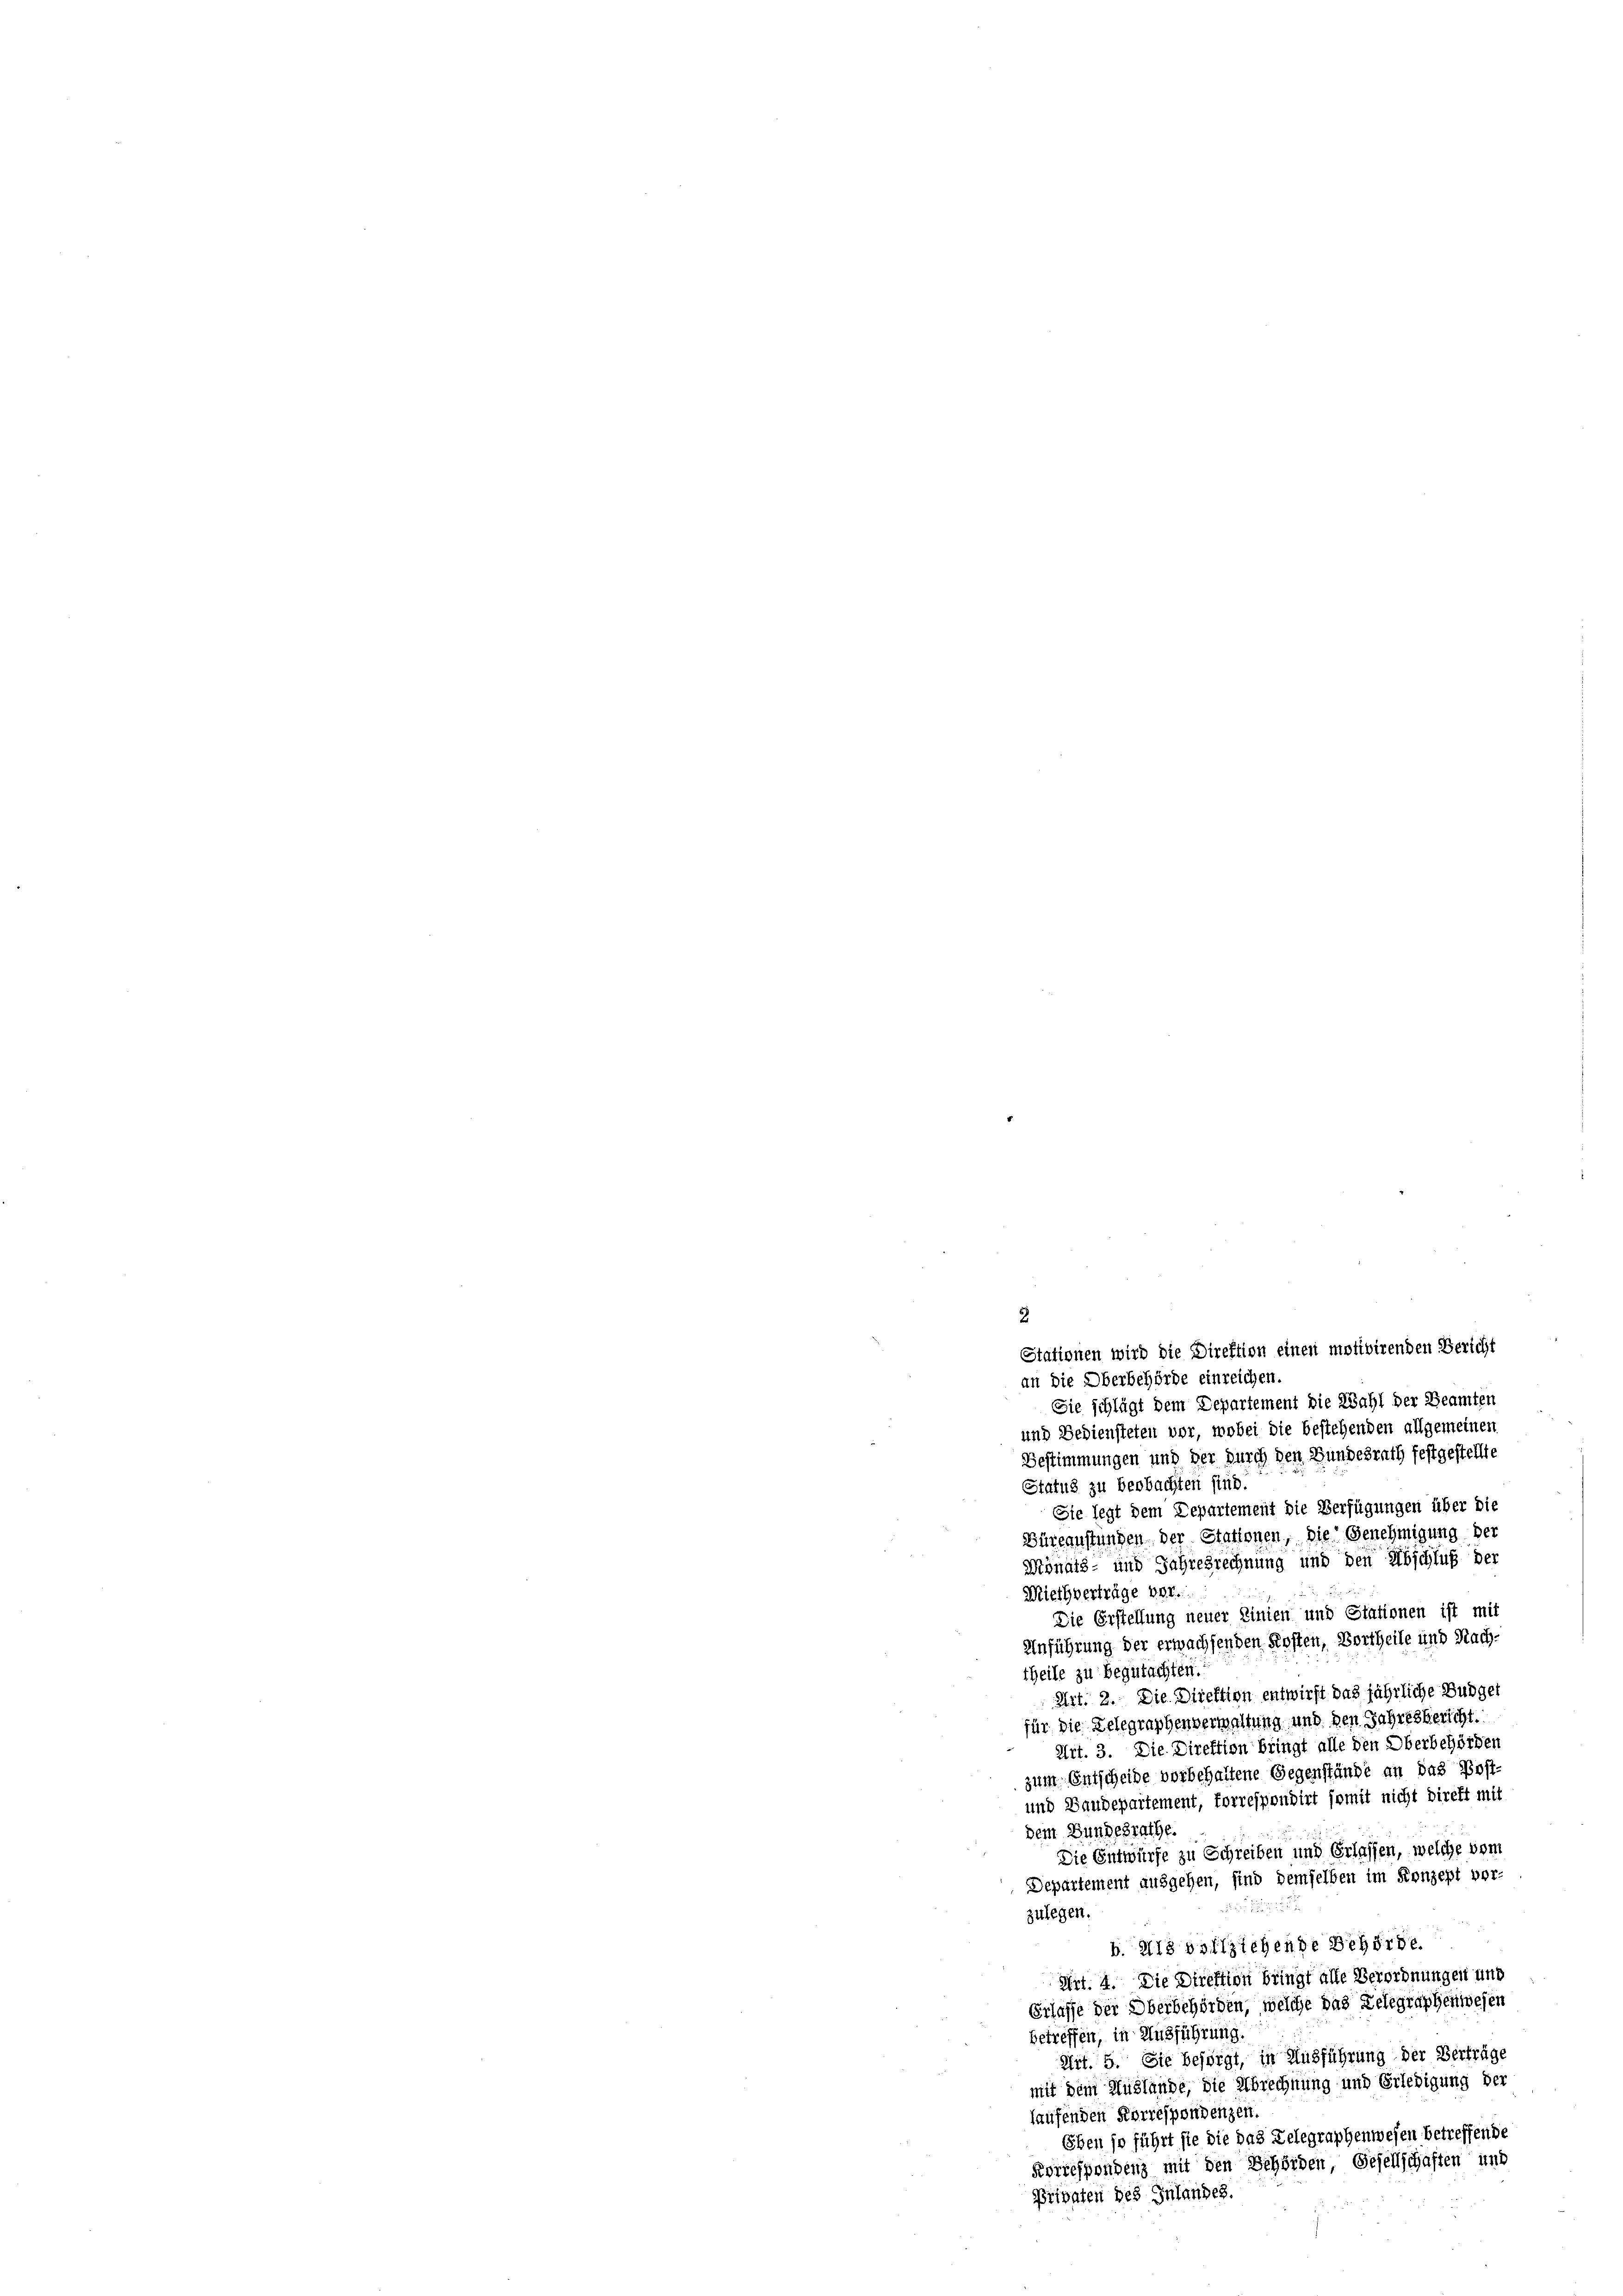
an die Oberbehörde einreichen.
Sie schlägt dem Departement die Wahl der Beamten
und Bediensteten vor, wobei die bestehenden allgemeinen
Bestimmungen und der durch den Bundesrath festgestellte
Status zu beobachten sind.
Sie legt dem Departement die Verfügungen über die
Büreanstanden der Stationen, die Genehmigung der
Monats- und Jahresrechnung und den Abschluß der
Miethverträge vor.
Die Erstellung neuer Linien und Stationen ist mit
Unführung der erwachsenden Kosten, Vortheile und Nach
theile zu begutachten.
Art. 2. Die Direktion entwirft das jährliche Budget
ür die Delegraphenverwaltung und den Jahresbericht
Art. 3. Die Direktion bringt alle den Oberbehörden
zum Entscheide vorbehaltene Gegenstände an das Post-
und Baudepartement, torrespondirt somit nicht direkt mit
dem Bundesrathe.
Die Entwürfe zu Schreiben und Erlassen, welche vom
Departement ausgehen, sind demselben im Konzept vor-
2
zulegen.
b. als vollziehende Behörde.
Art. 4. Die Direktion bringt alle Verordnungen und
Erlasse der Oberbehörden, welche das Delegraphenwesen
betreffen, in Ausführung.
Art. 5. Sie besorgt, in Ausführung der Verträge
mit dem Auslände, die Abrechnung und Erledigung der
haufenden Korrespondenzen.
Ehen so führt sie die das Telegraphenwesen betreffende
Korrespondenz mit den Behörden Gesellschaften und
Privaten des Inlandes.

2

Stationen wird die Direktion einen motivirenden Bericht